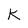
Character: K